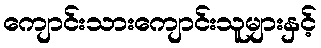
ကျောင်းသားကျောင်းသူများနှင့်